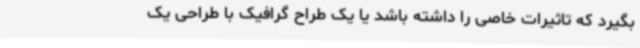
بگیرد که تاثیرات خاصی را داشته باشد یا یک طراح گرافیک با طراحی یک